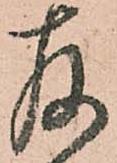
存